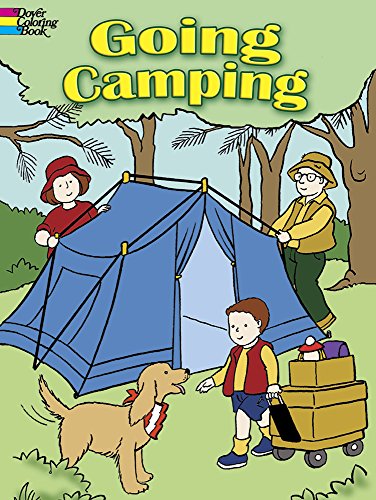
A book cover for Going Camping (Dover Coloring Books); Cathy Beylon; Children's Books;